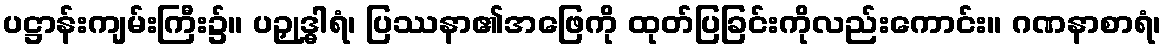
ပဋ္ဌာန်းကျမ်းကြီး၌။ ပဉှုဒ္ဓါရံ၊ ပြဿနာ၏အဖြေကို ထုတ်ပြခြင်းကိုလည်းကောင်း။ ဂဏနာစာရံ၊